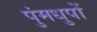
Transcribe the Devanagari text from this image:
पुंमधुपों